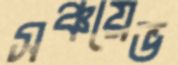
সঞ্চয়েভ